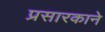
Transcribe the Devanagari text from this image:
प्रसारकाने